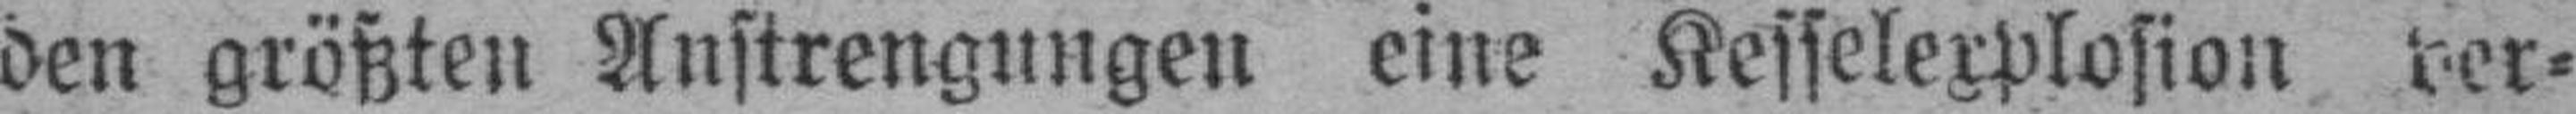
den größten Anstrengungen eine Kesselexplosion ver¬